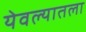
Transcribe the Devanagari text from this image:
येवल्यातला